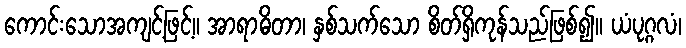
ကောင်းသောအကျင့်ဖြင့်။ အာရာဓိတာ၊ နှစ်သက်သော စိတ်ရှိကုန်သည်ဖြစ်၍။ ယံပုဂ္ဂလံ၊